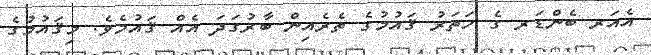
އެއަރ ބެންޑަރ ގެ ހަތަރު ޤައުމުގެ ތެރެއިން ބާރުގަދަ އެއް ޤައުމެވެ. މިޤައުމުގެ